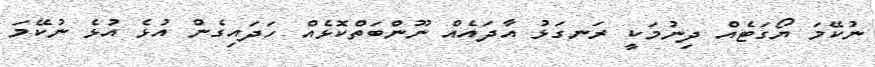
ނުކޭމަ ޔޯގަޓެއް ދިނުމަކީ ރަނގަޅުު އާދައެއް ނޫންބަތްކޮޅެއް ހަދައިގެން އުޅެ އުޅެ ނުކޭމަ